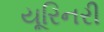
યૂરિનરી